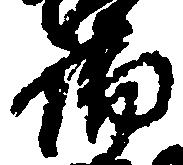
場